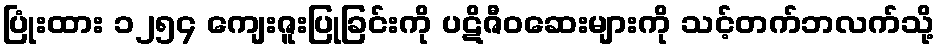
ပြုံးထား ၁၂၅၄ ကျေးဇူးပြုခြင်းကို ပဋိဇီဝဆေးများကို သင့်တက်ဘလက်သို့